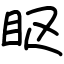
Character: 眍